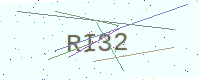
Text: RI32